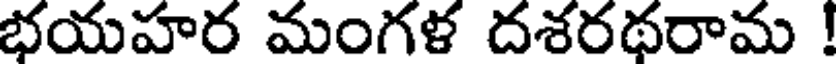
భయహర మంగళ దశరథరామ !